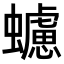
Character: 𧓻